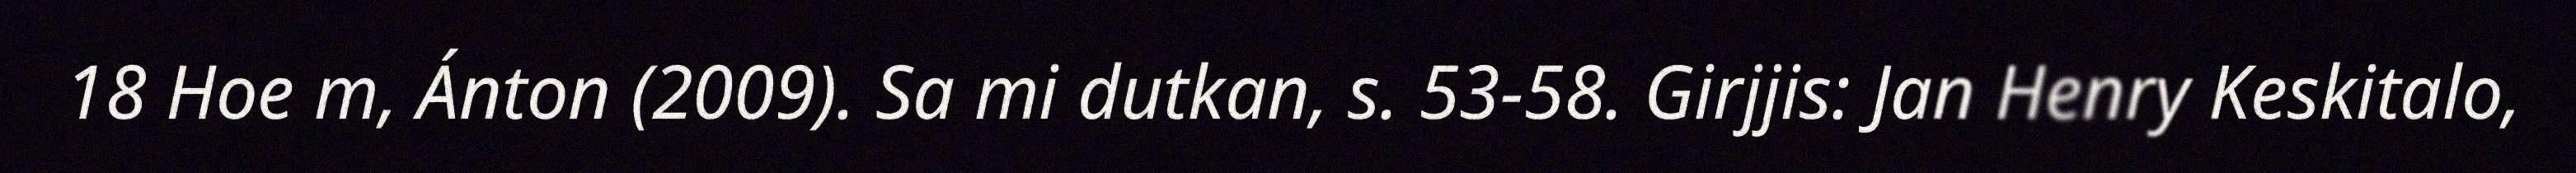
18 Hoe m, Ánton (2009). Sa mi dutkan, s. 53-58. Girjjis: Jan Henry Keskitalo,